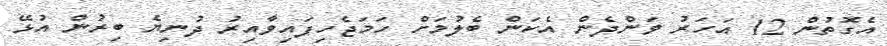
އެގޮތުން 12 އަހަރު ވަންދެން އެކަން ބެލުމަށް ހަމަޖެހިފައިވާއިރު ދުނިޔެ ބިރުން އުޅޭ